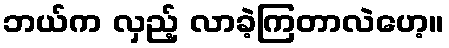
ဘယ်က လှည့် လာခဲ့ကြတာလဲဟေ့။